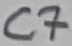
Text: C7